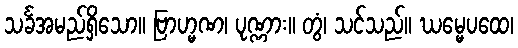
သင်္ခအမည်ရှိသော။ ဗြာဟ္မဏ၊ ပုဏ္ဏား။ တွံ၊ သင်သည်။ ဃမ္မေပထေ၊